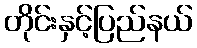
တိုင်းနှင့်ပြည်နယ်